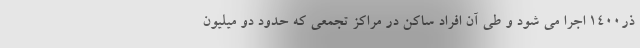
ذر۱۴۰۰ اجرا می شود و طی آن افراد ساکن در مراکز تجمعی که حدود دو میلیون